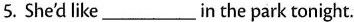
5. She'dlike___in the park tonight.